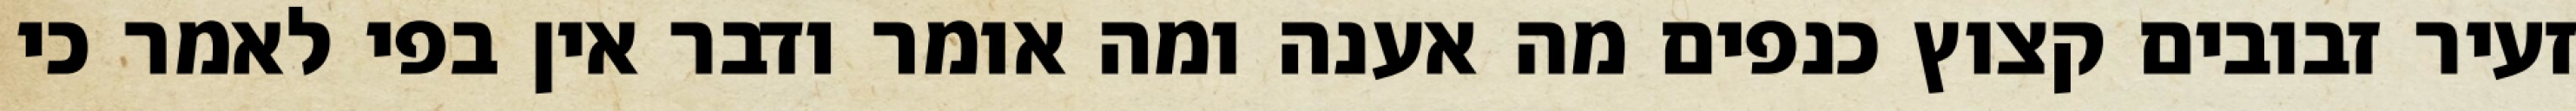
זעיר זבובים קצוץ כנפים מה אענה ומה אומר ודבר אין בפי לאמר כי